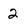
Character: 2